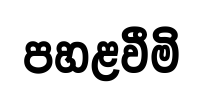
පහළවීමි